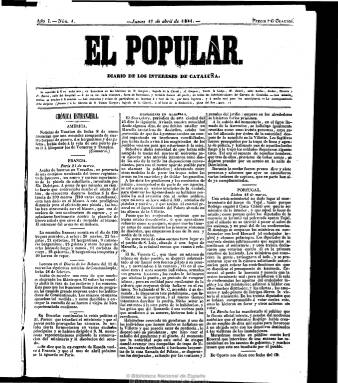
Título: El Popular (Barcelona)
Colección: Periódicos anteriores a 1850
Ámbito geográfico: Barcelona
Lugar de publicación: Barcelona
Fechas: 01/04/1841-19/01/1842

Subtitulado “diario de intereses de Cataluña”, es un periódico característico del nuevo periodismo noticioso y político, bien estructurado en secciones, fundado por Pedro Felipe Monlau y Roca (1808-1871), un profesional de la medicina e intelectual de avanzadas ideas liberales y democráticas. Comenzó a editarse el uno de abril de 1841 y pasó de tener una tendencia monárquica-constitucional enraizada en el doceañismo, y como defensor de la soberanía nacional pero ajeno a las facciones políticas, a criticar el sistema monárquico, a partir de finales de 1841, y ser defensor de la democracia y el republicanismo, convirtiéndose en uno de los primeros periódicos españoles de esta tendencia, a la que sumaba su catalanismo. Llegó a estampar junto a su cabecera las leyendas “progreso constante” y “tolerancia absoluta”.

Apareció en números de cuatro páginas, a tres y cuatro columnas, con secciones de crónicas extranjera, del interior y parlamentaria, con noticias extractadas de otros periódicos; noticias locales en una sección que denomina “Gacetín urbano”, con información sobre el movimiento portuario, otra de espectáculos (teatros), la oficial (leyes, decretos, circulares, reglamentos, con resúmenes de la Gaceta de Madrid), avisos (venta de libros, etc.), y además de noticias de carácter político, ofrecía otras de tipo económico, industrial, cotizaciones, así como artículos comunicados y remitidos, además de un folletín y anuncios comerciales. Diariamente publica un editorial.

Junto a Monlau, es redactor Josep Oriol Ronquillo y Vidal (1806-1876), quienes ya habían colaborado anteriormente en El constitucional, y José María Bonilla se declararía en un opúsculo de 1869 como su único redactor. El periódico contó con imprenta propia y deja de publicarse el 19 de enero de 1842, por lo que no llegó al año de vida.